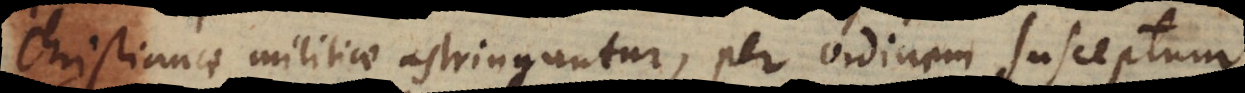
Christianae militiae astringuntur, per Ordinem susceptum